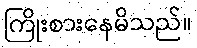
ကြိုးစားနေမိသည်။